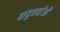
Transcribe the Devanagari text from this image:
वायुचर्याओं